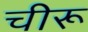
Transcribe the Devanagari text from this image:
चीरू